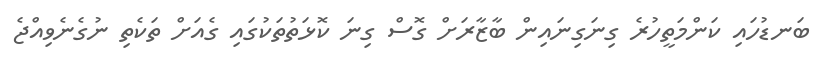
ބަނޑުހައި ކަންމަތީހުރެ ގިނަގިނައިން ބާޒާރަށް ގޮސް ގިނަ ކޮޅަތުތަކުގައި ގެއަށް ތަކެތި ނުގެނެވިއްޖެ